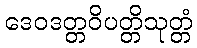
ဒေဝဒတ္တဝိပတ္တိသုတ္တံ